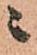
ニ